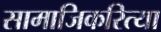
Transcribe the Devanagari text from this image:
सामाजिकरित्या